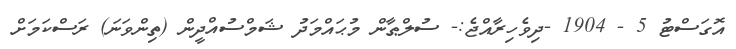
އޮގަސްޓު 5 - 1904 -ދިވެހިރާއްޖެ:- ސުލްޠާން މުޙައްމަދު ޝަމްސުއްދީން (ތިންވަނަ) ރަސްކަމަށް